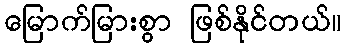
မြောက်မြားစွာ ဖြစ်နိုင်တယ်။